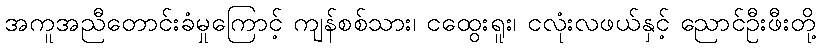
အကူအညီတောင်းခံမှုကြောင့် ကျန်စစ်သား၊ ငထွေးရူး၊ ငလုံးလဖယ်နှင့် ညောင်ဦးဖီးတို့